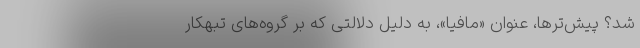
شد؟ پیش‌ترها، عنوان «مافیا»، به دلیل دلالتی که بر گروه‌های تبهکار